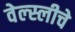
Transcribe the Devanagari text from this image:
वेल्स्लीचे